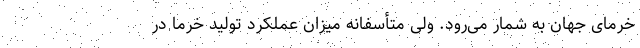
خرمای جهان به شمار می‌رود. ولی متأسفانه میزان عملکرد تولید خرما در